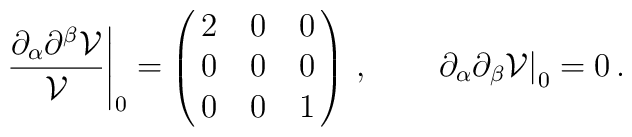
\left.\frac{\partial _\alpha \partial^ \beta\mathcal{V}}{\mathcal{V}}\right|_{0}= \left(  \matrix{ 2 & 0 & 0 \cr        0 & 0 &  0 \cr        0 & 0 &  1 \cr  }\right)  \,,  \qquad          \left.\partial _\alpha \partial _{ \beta }\mathcal{V}\right|_{0}=          0\,.